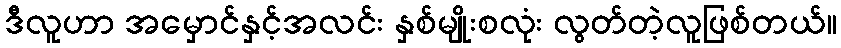
ဒီလူဟာ အမှောင်နှင့်အလင်း နှစ်မျိုးစလုံး လွတ်တဲ့လူဖြစ်တယ်။